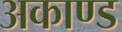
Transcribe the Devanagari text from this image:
अकाण्ड